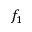
f _ { 1 }